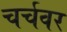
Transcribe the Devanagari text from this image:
चर्चवर